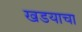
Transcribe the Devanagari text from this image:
खडयाचा